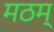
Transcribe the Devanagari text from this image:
मठम्